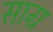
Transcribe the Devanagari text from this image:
साग्र